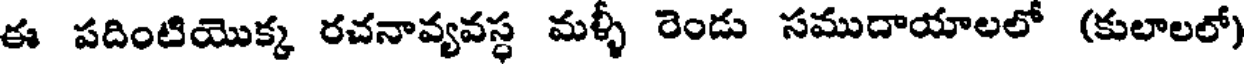
ఈ పదింటియొక్క రచనావ్యవస్థ మళ్ళీ రెండు సముదాయాలలో (కులాలలో)